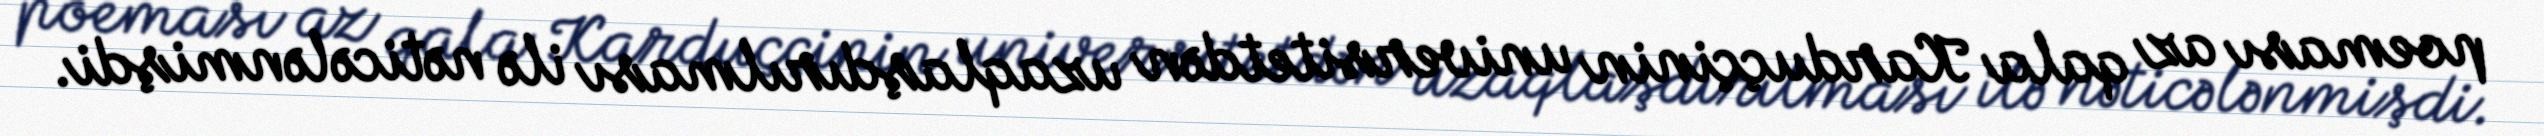
poeması az qala Karduççinin universitetdən uzaqlaşdırılması ilə nəticələnmişdi.